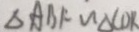
\Delta A B F \sim \Delta C D K